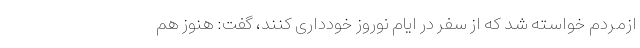
ازمردم خواسته شد که از سفر در ایام نوروز خودداری کنند، گفت: هنوز هم